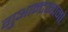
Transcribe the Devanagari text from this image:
गुआन्टानामो